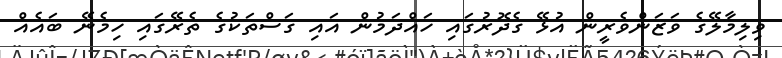
ވިލިމާލޭގެ ވަޒަންވެރީން އުޅޭ ގެދޮރުގައި ހައްދަމުން އައި ގަސްތަކުގެ ތެރޭގައި ހިމެނޭ ބައެއް